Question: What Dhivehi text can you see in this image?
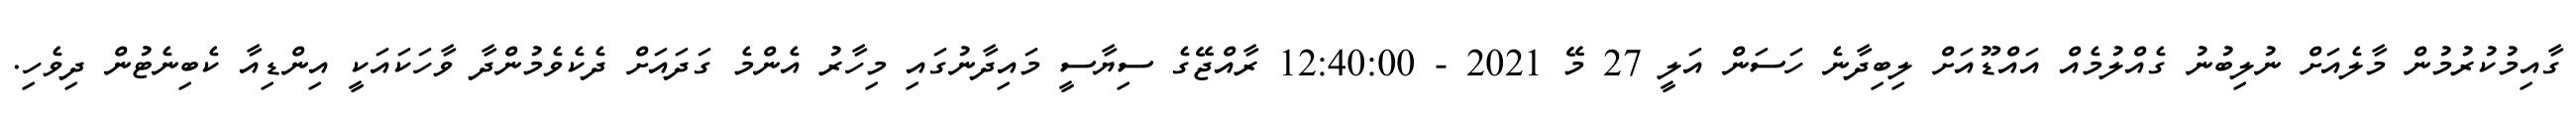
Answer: ގާއިމުކުރުމުން މާލެއަށް ނުލިބުނު ގެއްލުމެއް އައްޑޫއަށް ލިބިދާނެ ހަސަން އަލީ 27 މޭ 2021 - 12:40:00 ރާއްޖޭގެ ސިޔާސީ މައިދާނުގައި މިހާރު އެންމެ ގަދައަށް ދެކެވެމުންދާ ވާހަކައަކީ އިންޑިއާ ކެބިނެޓުން ދިވެހި.